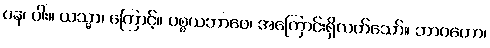
ပန၊ ပါး။ ယသ္မာ၊ ကြောင့်။ ပစ္စယဘာဝေ၊ အကြောင်းရှိလတ်သော်။ ဘာဝတော၊